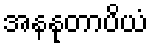
အနနုတာပိယံ